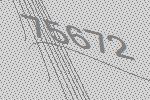
75672